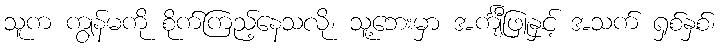
သူက ကျွန်မကို စိုက်ကြည့်နေသလို၊ သူ့ဘေးမှာ အင်္ကျီဖြူနှင့် အသက် ရှစ်နှစ်၊